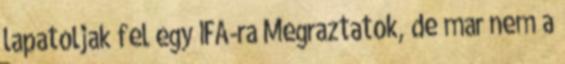
lapatoljak fel egy IFA-ra Megraztatok, de mar nem a